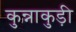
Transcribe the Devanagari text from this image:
कुन्नाकुड़ी